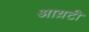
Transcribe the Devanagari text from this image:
आय़टी